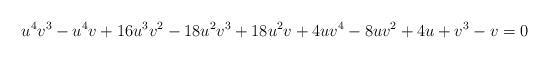
LaTeX: \begin{align*}u^4 v^3-u^4 v+16 u^3 v^2-18 u^2 v^3+18 u^2 v+4 u v^4-8 u v^2+4 u+v^3-v=0\end{align*}